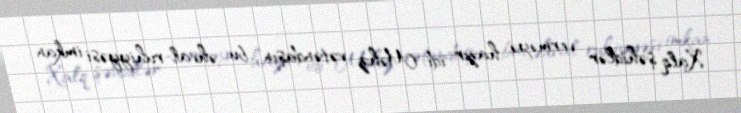
Xalq şəhidlər verməyə hazır idi. Məhz vətəndaşın bu əhval-ruhiyyəsi imkan